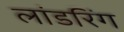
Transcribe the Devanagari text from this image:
लांडरिंग